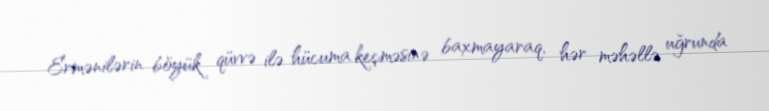
Ermənilərin böyük qüvvə ilə hücuma keçməsinə baxmayaraq, hər məhəllə uğrunda